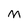
Character: M